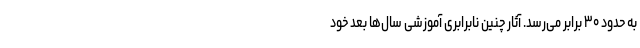
به حدود ۳۰ برابر می‌رسد. آثار چنین نابرابری آموزشی سال‌ها بعد خود